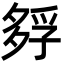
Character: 𡦄